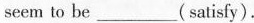
seem to be___(satisfy).